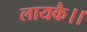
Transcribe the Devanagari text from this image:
लायकै।।